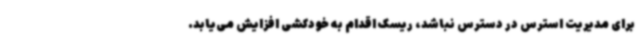
برای مدیریت استرس در دسترس نباشد، ریسک اقدام به خودکشی افزایش می‌یابد.